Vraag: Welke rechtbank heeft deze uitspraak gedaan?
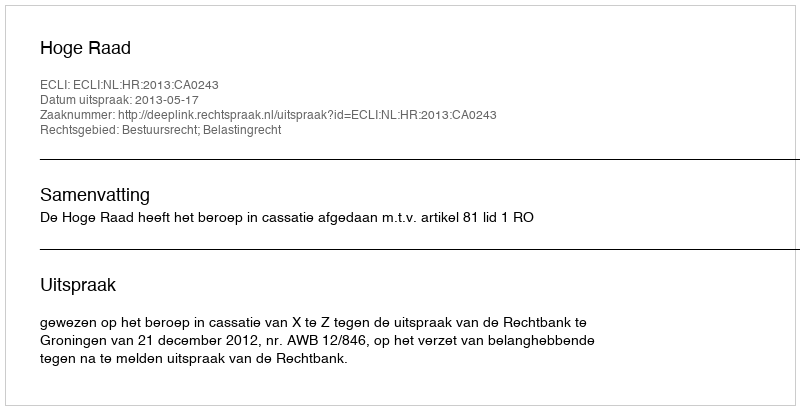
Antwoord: Hoge Raad